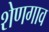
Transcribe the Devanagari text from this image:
शेणगाव